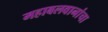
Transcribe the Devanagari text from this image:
महाबलवानांचा